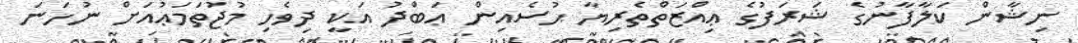
ނިޝާން ކަލާފާނުގެ ޝަރަފުގެ ޢިއްޒަތްތެރިޔާ ޙުސެއިން ޢަބްދު އަކީ ދިވެހި މުޖުތަމަޢުއަށް ނުހަނަ